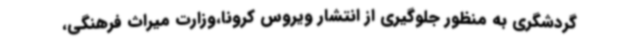
گردشگری به منظور جلوگیری از انتشار ویروس کرونا،وزارت میراث فرهنگی،